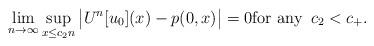
LaTeX: \begin{align*}\lim_{n\to\infty} \sup_{x\leq c_2n} \big|U^n[u_0](x)-p(0,x)\big|=0\hbox{for any } \,c_2< c_+.\end{align*}